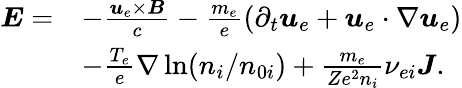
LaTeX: \begin{array}{rl}{\boldsymbol{E}=}&{-\frac{\boldsymbol{u}_{e}\times\boldsymbol{B}}{c}-\frac{m_{e}}{e}\left(\partial_{t}\boldsymbol{u}_{e}+\boldsymbol{u}_{e}\cdot\nabla\boldsymbol{u}_{e}\right)}\\ &{-\frac{T_{e}}{e}\nabla\ln(n_{i}/n_{0i})+\frac{m_{e}}{Ze^{2}n_{i}}\nu_{ei}\boldsymbol{J}.}\end{array}